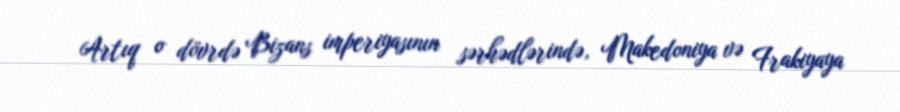
Artıq o dövrdə Bizans imperiyasının sərhədlərində, Makedoniya və Frakiyaya